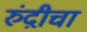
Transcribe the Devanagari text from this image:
रुंदी़चा